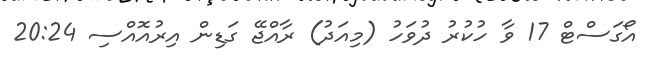
އޯގަސްޓް 17 ވާ ހުކުރު ދުވަހު (މިއަދު) ރާއްޖޭ ގަޑިން އިރުއޮއްސި 20:24